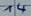
Text: 14